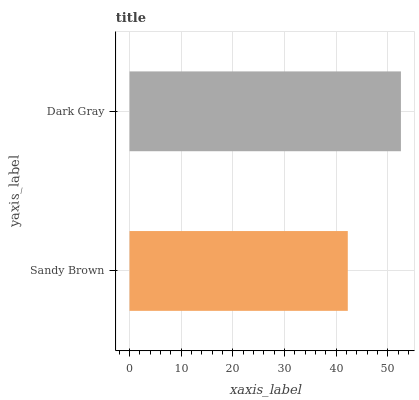
| yaxis_label | bars |
 | --- | --- |
 | Sandy Brown | 42.2 |
 | Dark Gray | 52.5 |